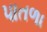
પાતળા